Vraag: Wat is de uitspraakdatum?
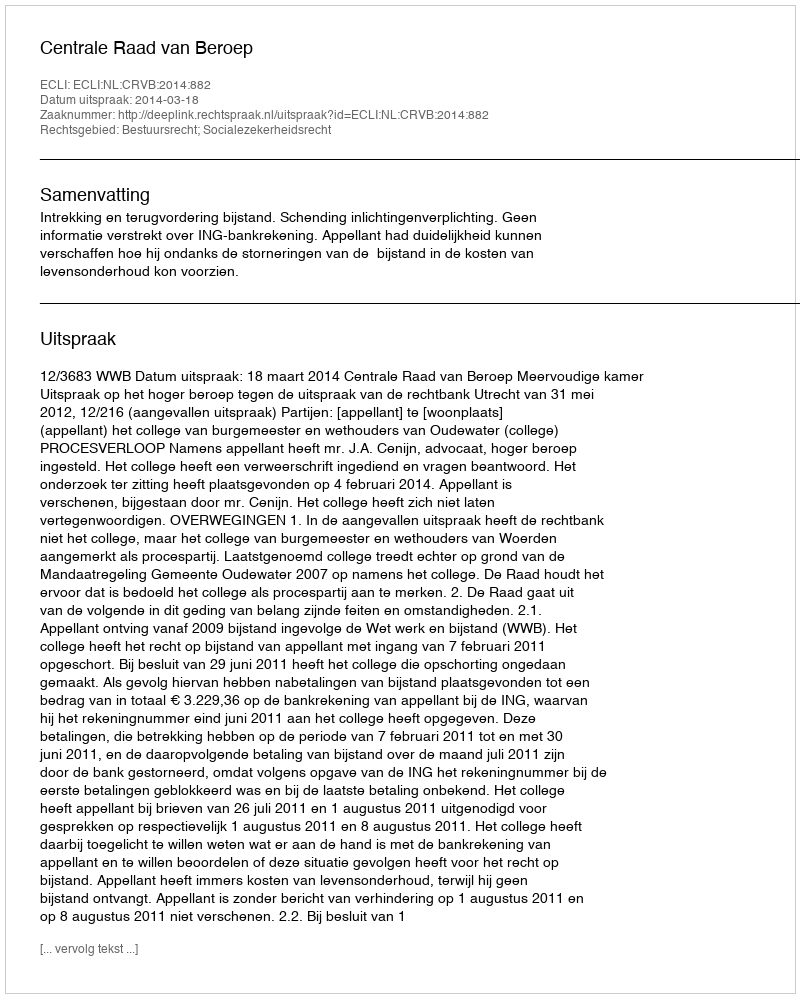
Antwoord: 2014-03-18